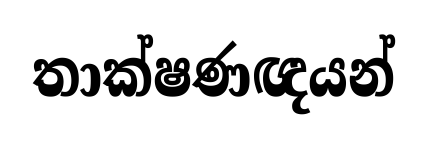
තාක්ෂණඥයන්